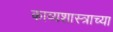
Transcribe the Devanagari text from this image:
काव्यशास्त्राच्या